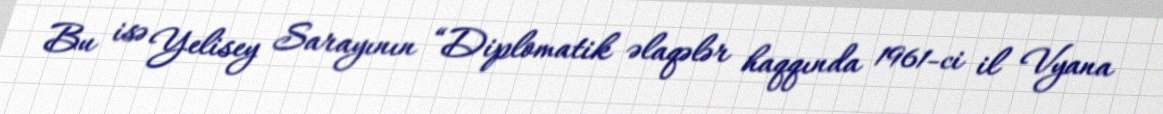
Bu isə Yelisey Sarayının “Diplomatik əlaqələr haqqında 1961-ci il Vyana